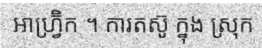
អាហ្វ្រ៊ិក ។ ការតស៊ូ ក្នុង ស្រុក